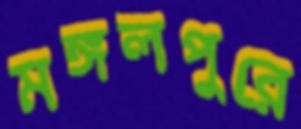
মঙ্গলপুরে